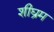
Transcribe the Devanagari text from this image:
शीघ्रम